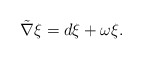
\begin{align*} \tilde{\nabla}\xi=d\xi+\omega\xi.\end{align*}